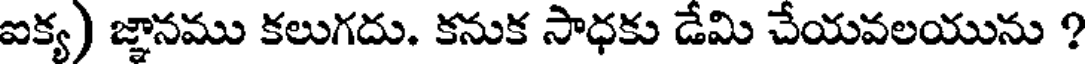
ఐక్య) జ్ఞానము కలుగదు. కనుక సాధకు డేమి చేయవలయును ?